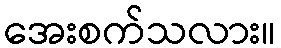
အေးစက်သလား။